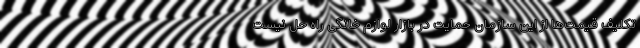
تکلیف قیمت‌ها از این سازمان حمایت در بازار لوازم خانگی راه حل نیست